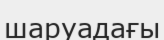
шаруадағы